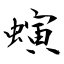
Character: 螾